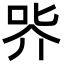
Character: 㖎